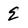
Character: E